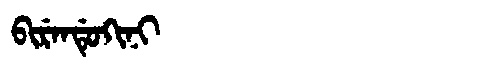
Manchu: ᠪᡳᡵᡝᠨᡩᡠᡴᡳᠨᡳ
Romanization: BIRENDUKINI